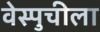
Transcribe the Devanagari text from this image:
वेस्पुचीला